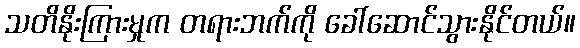
သတိနိုးကြားမှုက တရားဘက်ကို ခေါ်ဆောင်သွားနိုင်တယ်။